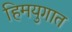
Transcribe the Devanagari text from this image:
हिमयुगात